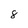
Character: 8